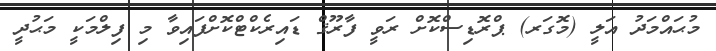
މުޙައްމަދު އަލީ (މޮގަރ) ޕްރޮޑިސްކޮށް ރަވީ ފާރޫޤް ޑައިރެކްޓްކޮށްފައިވާ މި ފިލްމަކީ މަޙުދީ